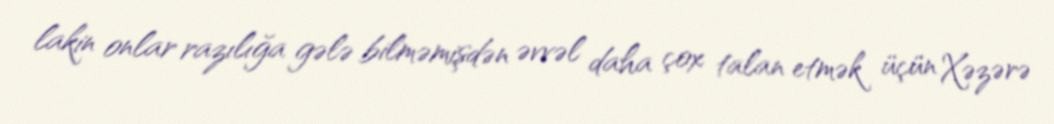
lakin onlar razılığa gələ bilməmişdən əvvəl daha çox talan etmək üçün Xəzərə